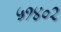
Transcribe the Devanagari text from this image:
५१४०२